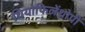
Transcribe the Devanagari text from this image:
थियोफिलेंथ्रोपी